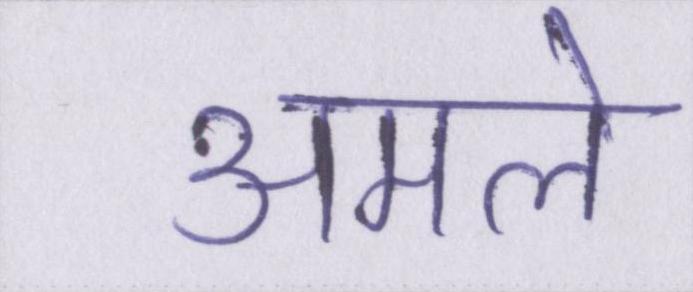
अमले